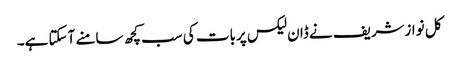
کل نوازشریف نے ڈان لیکس پربات کی سب کچھ سامنے آسکتا ہے۔